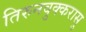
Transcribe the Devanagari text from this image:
तिरुनवुक्करासु